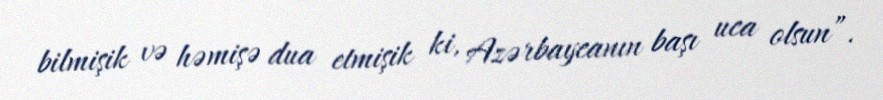
bilmişik və həmişə dua etmişik ki, Azərbaycanın başı uca olsun”.